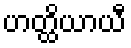
ဟတ္ထိယာယီ